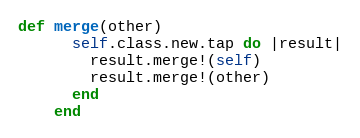
Language: Ruby
def merge(other)
      self.class.new.tap do |result|
        result.merge!(self)
        result.merge!(other)
      end
    end